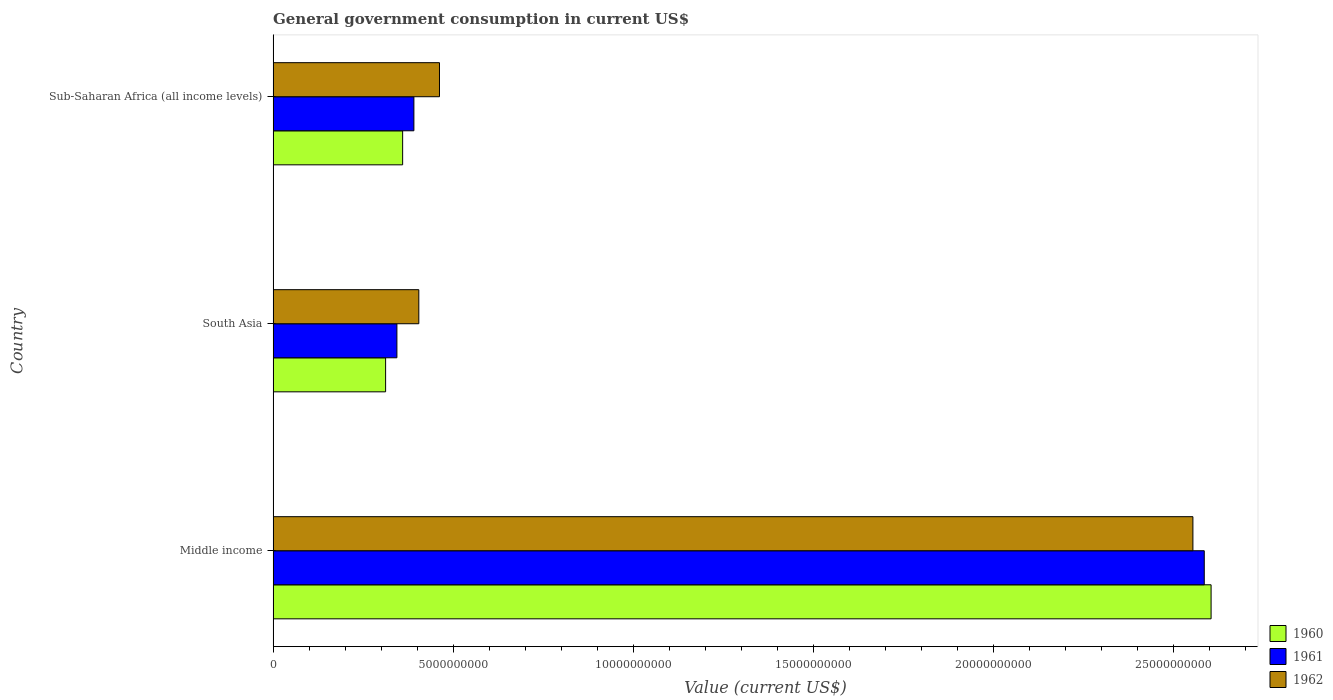
| Country | 1960 | 1961 | 1962 |
 | --- | --- | --- | --- |
 | Middle income | 2.6e+10 | 2.58e+10 | 2.55e+10 |
 | South Asia | 3.12e+09 | 3.44e+09 | 4.04e+09 |
 | Sub-Saharan Africa (all income levels) | 3.6e+09 | 3.91e+09 | 4.62e+09 |